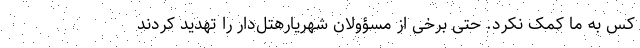
کس به ما کمک نکرد. حتی برخی از مسؤولان شهریارهتل‌دار را تهدید کردند